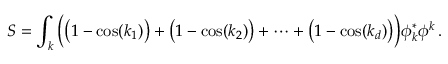
S = \int _ { k } { \Big ( } { \big ( } 1 - \cos ( k _ { 1 } ) { \big ) } + { \big ( } 1 - \cos ( k _ { 2 } ) { \big ) } + \cdots + { \big ( } 1 - \cos ( k _ { d } ) { \big ) } { \Big ) } \phi _ { k } ^ { * } \phi ^ { k } \, .